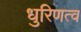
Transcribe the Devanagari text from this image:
धुरिणत्व